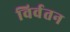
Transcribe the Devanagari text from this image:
विर्वतन